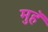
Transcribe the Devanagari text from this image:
मुहॅ